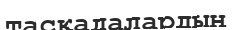
тасқадалардың